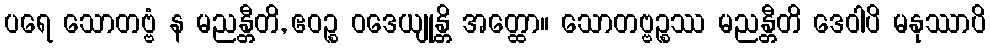
ပရေ သောတဗ္ဗံ န မညန္တီတိ, ဧဝဉ္စ ဝဒေယျုန္တိ အတ္ထော။ သောတဗ္ဗဉ္စဿ မညန္တီတိ ဒေဝါပိ မနုဿာပိ